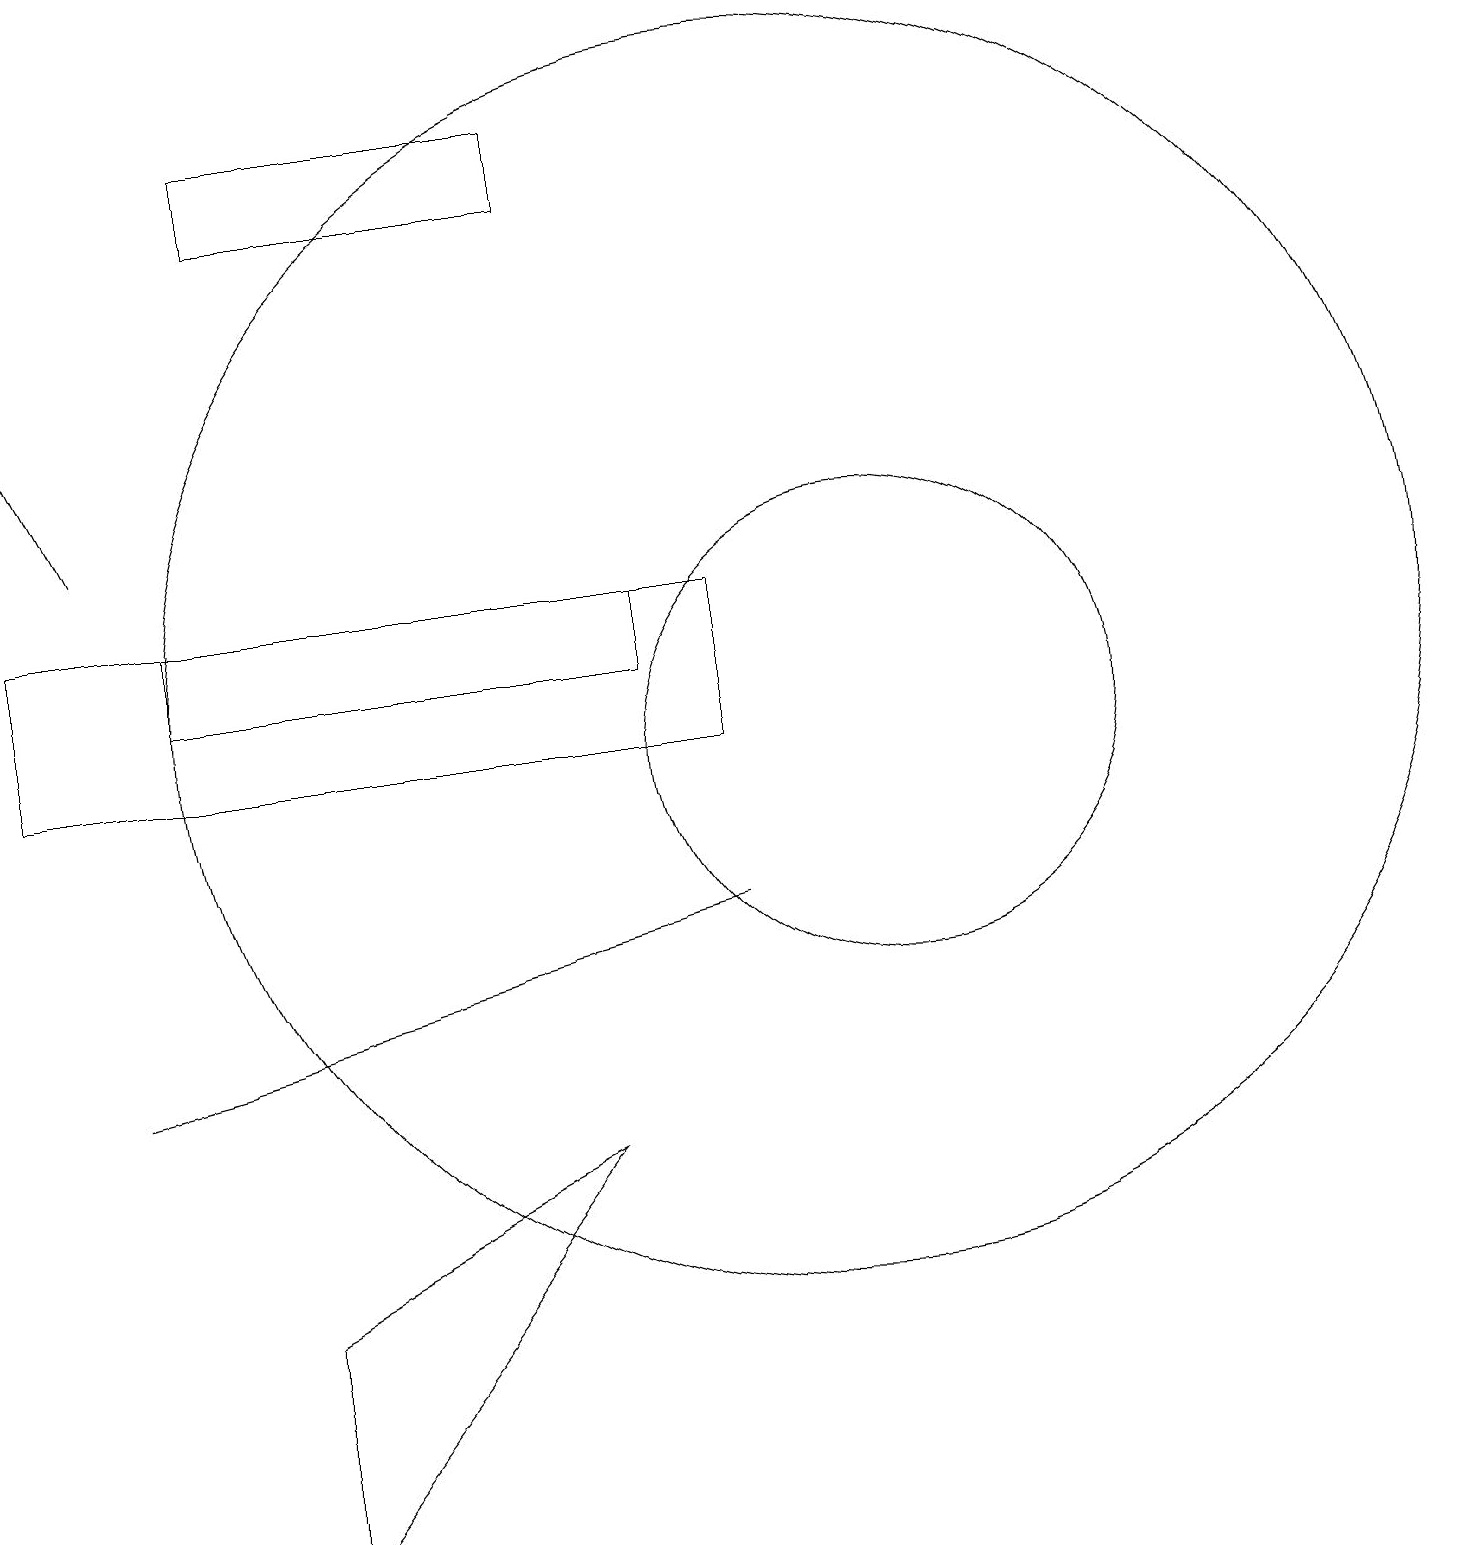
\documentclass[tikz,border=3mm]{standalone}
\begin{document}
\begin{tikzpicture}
\draw (0,13) rectangle (9,11);
\draw[->] (1,14) -- (0,16);
\draw (10,12) circle (8);
\draw (11,11) circle (3);
\draw (7,18) rectangle (3,19);
\draw (7,6) -- (3,1) -- (3,4) -- cycle;
\draw (1,7) -- (9,9) -- (1,7) -- cycle;
\draw (8,12) rectangle (2,13);
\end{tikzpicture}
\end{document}